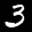
Label: 3